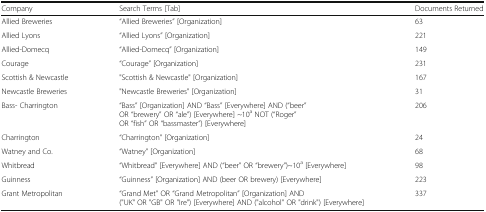
<table><thead><tr><td><b>Company</b></td><td><b>Search Terms [Tab]</b></td><td><b>Documents Returned</b></td></tr></thead><tbody><tr><td>Allied Breweries</td><td>“Allied Breweries” [Organization]</td><td>63</td></tr><tr><td>Allied Lyons</td><td>“Allied Lyons” [Organization]</td><td>221</td></tr><tr><td>Allied-Domecq</td><td>“Allied-Domecq” [Organization]</td><td>149</td></tr><tr><td>Courage</td><td>“Courage” [Organization]</td><td>231</td></tr><tr><td>Scottish &amp; Newcastle</td><td>&quot;Scottish &amp; Newcastle&quot; [Organization]</td><td>167</td></tr><tr><td>Newcastle Breweries</td><td>&quot;Newcastle Breweries&quot; [Organization]</td><td>31</td></tr><tr><td>Bass- Charrington</td><td>“Bass” [Organization] AND “Bass” [Everywhere] AND (“beer” OR “brewery” OR “ale”) [Everywhere] ~10<sup>a</sup> NOT (“Roger” OR “fish” OR “bassmaster”) [Everywhere]</td><td>206</td></tr><tr><td>Charrington</td><td>“Charrington” [Organization]</td><td>24</td></tr><tr><td>Watney and Co.</td><td>“Watney” [Organization]</td><td>68</td></tr><tr><td>Whitbread</td><td>“Whitbread” [Everywhere] AND (“beer” OR “brewery”)~10<sup>a</sup> [Everywhere]</td><td>98</td></tr><tr><td>Guinness</td><td>“Guinness” [Organization] AND (beer OR brewery) [Everywhere]</td><td>223</td></tr><tr><td>Grant Metropolitan</td><td>“Grand Met” OR “Grand Metropolitan” [Organization] AND (&quot;UK&quot; OR &quot;GB&quot; OR &quot;Ire&quot;) [Everywhere] AND (&quot;alcohol&quot; OR &quot;drink&quot;) [Everywhere]</td><td>337</td></tr></tbody></table>